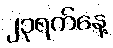
၂၃ရက်နေ့